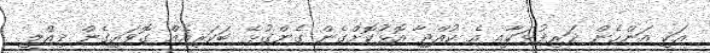
އަކީ އަންހެން ދަރިފުޅަކާއި އެ ކުއްޖާ އޮޅުކޮށްގެން ގެންގުޅޭ ބަކަރިއެއް ގޮވައިގެން ދިއްލީ